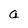
Character: a